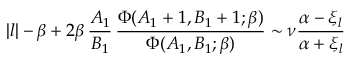
| l | - \beta + 2 \beta \, { \frac { A _ { 1 } } { B _ { 1 } } } \, { \frac { \Phi ( A _ { 1 } + 1 , B _ { 1 } + 1 ; \beta ) } { \Phi ( A _ { 1 } , B _ { 1 } ; \beta ) } } \sim \nu { \frac { \alpha - \xi _ { l } } { \alpha + \xi _ { l } } }